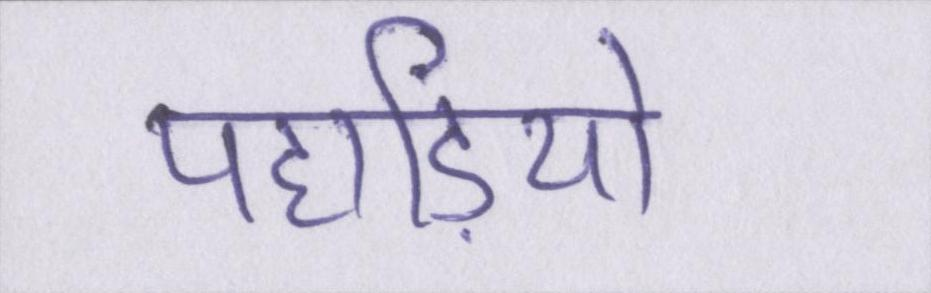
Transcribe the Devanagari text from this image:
पहाड़ियो